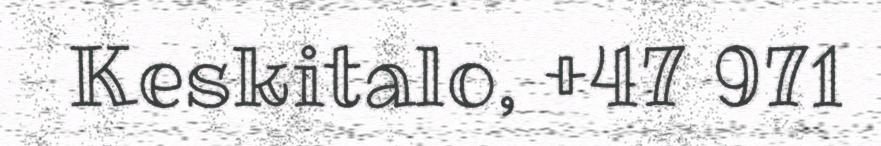
Keskitalo, +47 971